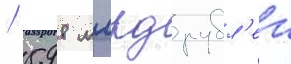
/ 598 млрд рубл'еи